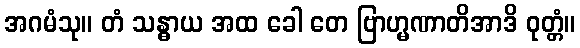
အဂမံသု။ တံ သန္ဓာယ အထ ခေါ တေ ဗြာဟ္မဏာတိအာဒိ ဝုတ္တံ။